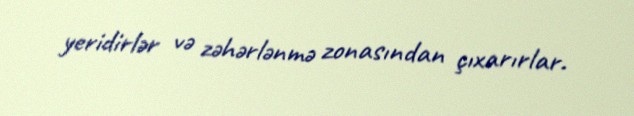
yeridirlər və zəhərlənmə zonasından çıxarırlar.